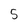
Character: 5